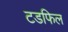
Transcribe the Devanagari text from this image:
टडफिल